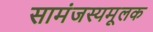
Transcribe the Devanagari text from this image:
सामंजस्यमूलक